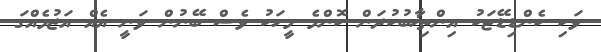
ވަކި ކެންޑިޑޭޓަކު އިންތިޚާބުކުރަން ކޮންމެ މީހަކު ވެސް ބޭނުން ވަނީ އެއް އަޒުމެއްގަ